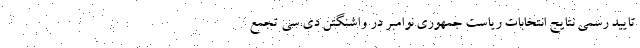
تایید رسمی نتایج انتخابات ریاست جمهوری نوامبر در واشنگتن دی.سی تجمع